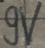
Text: 9V